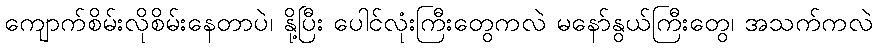
ကျောက်စိမ်းလိုစိမ်းနေတာပဲ၊ နို့ပြီး ပေါင်လုံးကြီးတွေကလဲ မနော်နွယ်ကြီးတွေ၊ အသက်ကလဲ